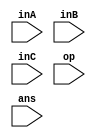
module ALU(
	input [3:0] inA,
	input [3:0] inB,
	input [1:0] inC,
	input [1:0] op,
	input [3:0] ans
    );
	// assume no exception
	assign ans = op === 2'b00 ? $signed($signed(inA) >>> inC) :
				 op === 2'b01 ? inA >> inC :
				 op === 2'b10 ? inA - inB : inA + inB;

endmodule